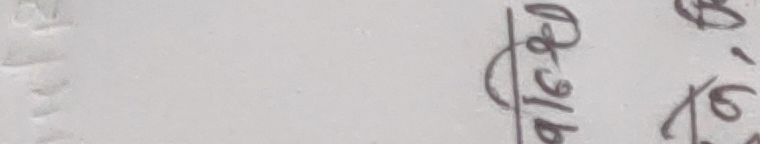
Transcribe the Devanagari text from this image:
वापिस
५ १६ को